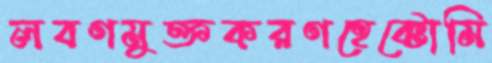
লবণমুক্তকরণহেক্টোমি